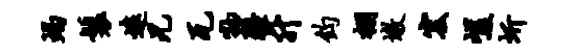
蝎鬟远兄瓦物疆升钧棚墩宏嵯圻